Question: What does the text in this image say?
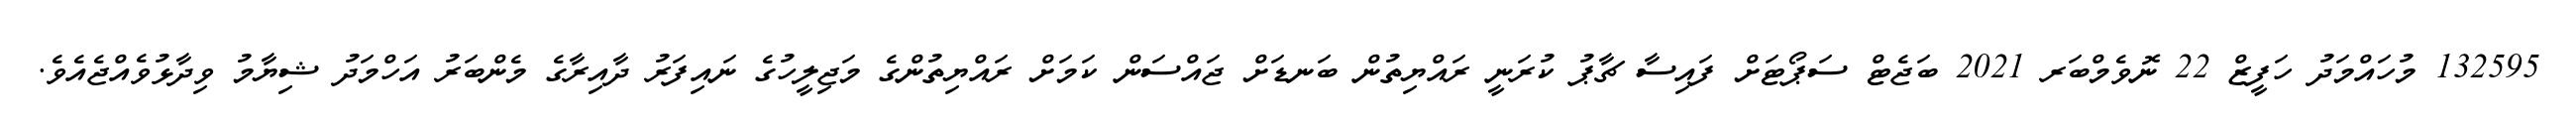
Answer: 132595 މުހައްމަދު ހަފީޒް 22 ނޮވެމްބަރ 2021 ބަޖެޓް ސަޕޯޓަށް ފައިސާ ޗާޕު ކުރަނީ ރައްޔިތުން ބަނޑަށް ޖައްސަން ކަމަށް ރައްޔިތުންގެ މަޖިލީހުގެ ނައިފަރު ދާއިރާގެ މެންބަރު އަހްމަދު ޝިޔާމު ވިދާޅުވެއްޖެއެވެ.